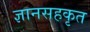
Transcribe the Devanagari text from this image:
ज्ञानसहकृत